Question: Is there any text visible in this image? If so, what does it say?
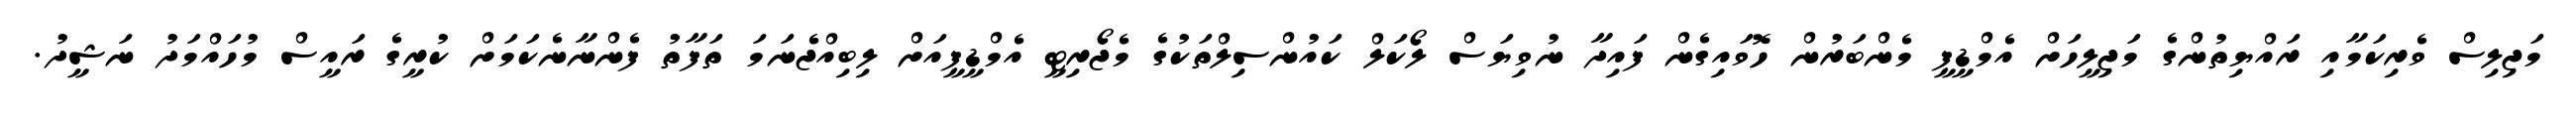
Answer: މަޖިލިސް ވެރިކަމާއި ރައްޔިތުންގެ މަޖިލީހަށް އެމްޑީޕީ މެންބަރުން ހޮވައިގެން ފައިދާ ނުވިޔަސް ލޯކަލް ކައުންސިލްތަކުގެ މެޖޯރިޓީ އެމްޑީޕީއަށް ލިބިއްޖެނަމަ ތަފާތު ފެންނާނެކަމަށް ކުރީގެ ރައީސް މުހައްމަދު ނަޝީދު.